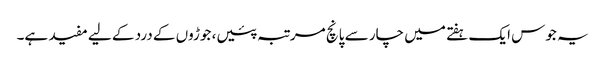
یہ جوس ایک ہفتے میں چار سے پانچ مرتبہ پئیں، جوڑوں کے درد کے لیے مفید ہے۔